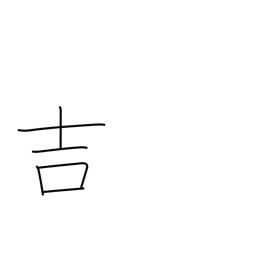
Meaning: good luck